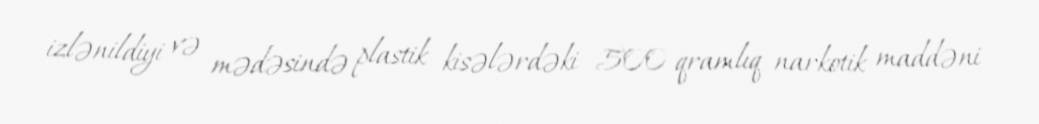
izlənildiyi və mədəsində plastik kisələrdəki 500 qramlıq narkotik maddəni